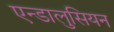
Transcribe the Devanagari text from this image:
एन्डालुसियन